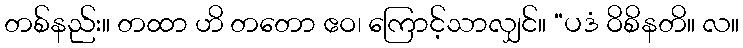
တစ်နည်း။ တထာ ဟိ တတော ဧဝ၊ ကြောင့်သာလျှင်။ “ပဒံ ဝိစိနတိ။ လ။